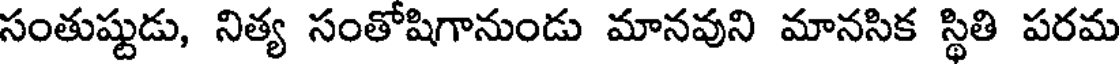
సంతుష్టుడు, నిత్య సంతోషిగానుండు మానవుని మానసిక స్థితి పరమ